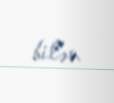
bilər.